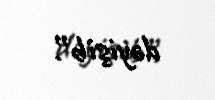
dəyişib”.